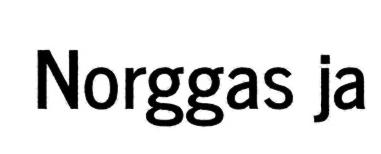
Norggas ja